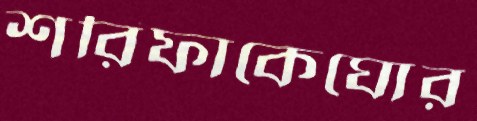
শরিফাকেঘোর